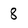
Character: 8